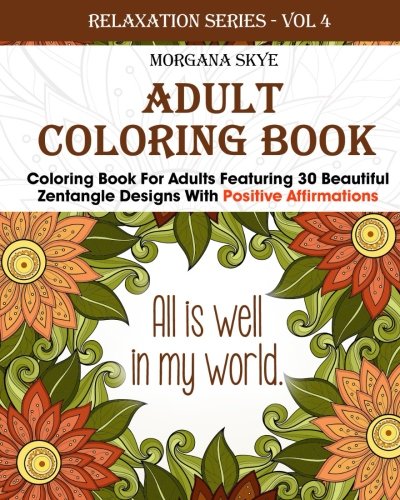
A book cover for Adult Coloring Book: Coloring Book For Adults Featuring 30 Beautiful Zentangle Designs With Positive Affirmations (Relaxation Series) (Volume 4); Morgana Skye; Arts & Photography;